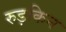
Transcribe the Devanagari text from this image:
रुड़किन